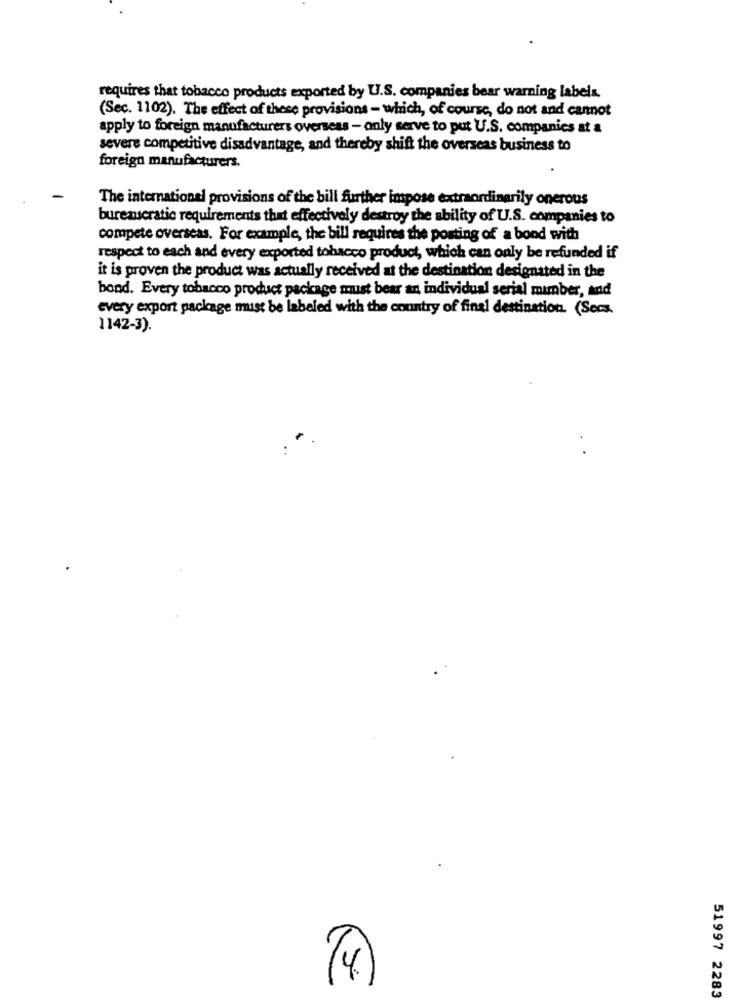
requires that tobacco products exported by U.S. companies bear warning labels.
(Sec. 1102). The effect of these provisions - which, of course, do not and cannot
apply to foreign manufacturers overseas - only serve to put U.S. companies at a
severe competitive disadvantage, and thereby shift the overseas business to
foreign manufacturers.
The international provisions of the bill further impose extraordinarily onerous
burenscratic requirements that effectively destroy the ability of U.S. companies to
compete overseas. For example, the bill requires the posting of a bond with
respect to each and every exported tobacco product, which can only be refunded if
it is proven the product was actually received at the destination designated in the
bond. Every tobacco product package must bear an individual serial mimber, and
every export package must be labeled with the country of final destination. (Secs.
1142-3).
14
51997 2283